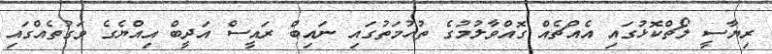
ރިޔާސީ ލޯޗްކޮޅުގައި އެއްޗެއް ގޮއްވާލުމުގެ ތުހުމަތުގައި ނައިބް ރައީސް އަދީބް އިއްޔެގެ ވަގުތެއްގައި